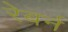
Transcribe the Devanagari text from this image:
रेबर्न